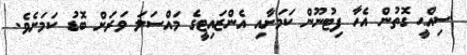
ސިއްޙީ ގޮތުން އެހާ ފިޓުނޫން ކަމަށާއި އެންޒައިޓީގެ މައްސަލަ ވަރަށް ބޮޑު ކަމަށެވެ.